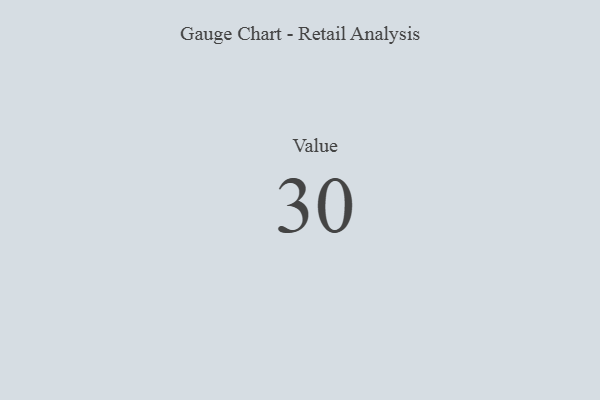
{"axis": {"x": "Metric", "y": "Value"}, "legend": [""], "data": [{"x": "Value", "y": 30, "type": ""}]}